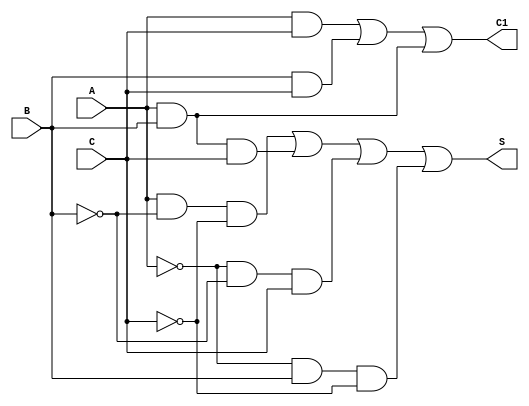
module Full_Adder(A,B,C,S,C1);
	input A,B,C;
	output S,C1;
	assign S = (A&&(!B)&&(!C)) || (A&&B&&C) || ((!A)&&(!B)&&C) || ((!A)&&B&&(!C));
	assign C1 = (A&&C) || (B&&C) || (A&&B);
endmodule